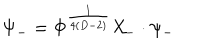
\Psi _ { - } = \Phi ^ { \frac { 1 } { 4 ( D - 2 ) } } { \cal X } _ { - } \cdot \psi _ { - }